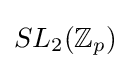
SL_{2}(\mathbb {Z} _{p})